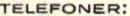
TELEFONER: